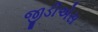
જીડીએસ